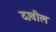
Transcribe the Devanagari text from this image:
दावील